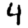
Digit: 4